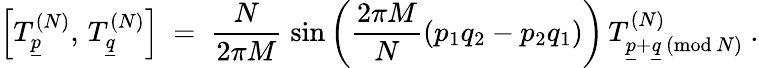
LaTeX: \left[T_{\underline{{{p}}}}^{(N)},\, T_{\underline{{{q}}}}^{(N)}\right]\ =\ \frac{N}{2\pi M}\; \mathrm{sin}\left(\frac{2\pi M}{N}\left(p_{1}q_{2}-p_{2}q_{1}\right)\right)\, T_{\underline{{{p}}}+\underline{{{q}}}\, (\mathrm{mod}\, N)}^{(N)}\ .